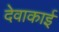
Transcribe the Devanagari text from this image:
देवाकाई